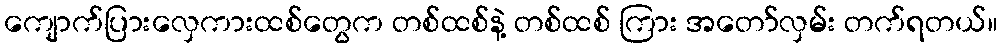
ကျောက်ပြားလှေကားထစ်တွေက တစ်ထစ်နဲ့ တစ်ထစ် ကြား အတော်လှမ်း တက်ရတယ်။